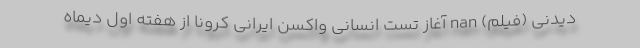
دیدنی (فیلم) nan آغاز تست انسانی واکسن ایرانی کرونا از هفته اول دیماه